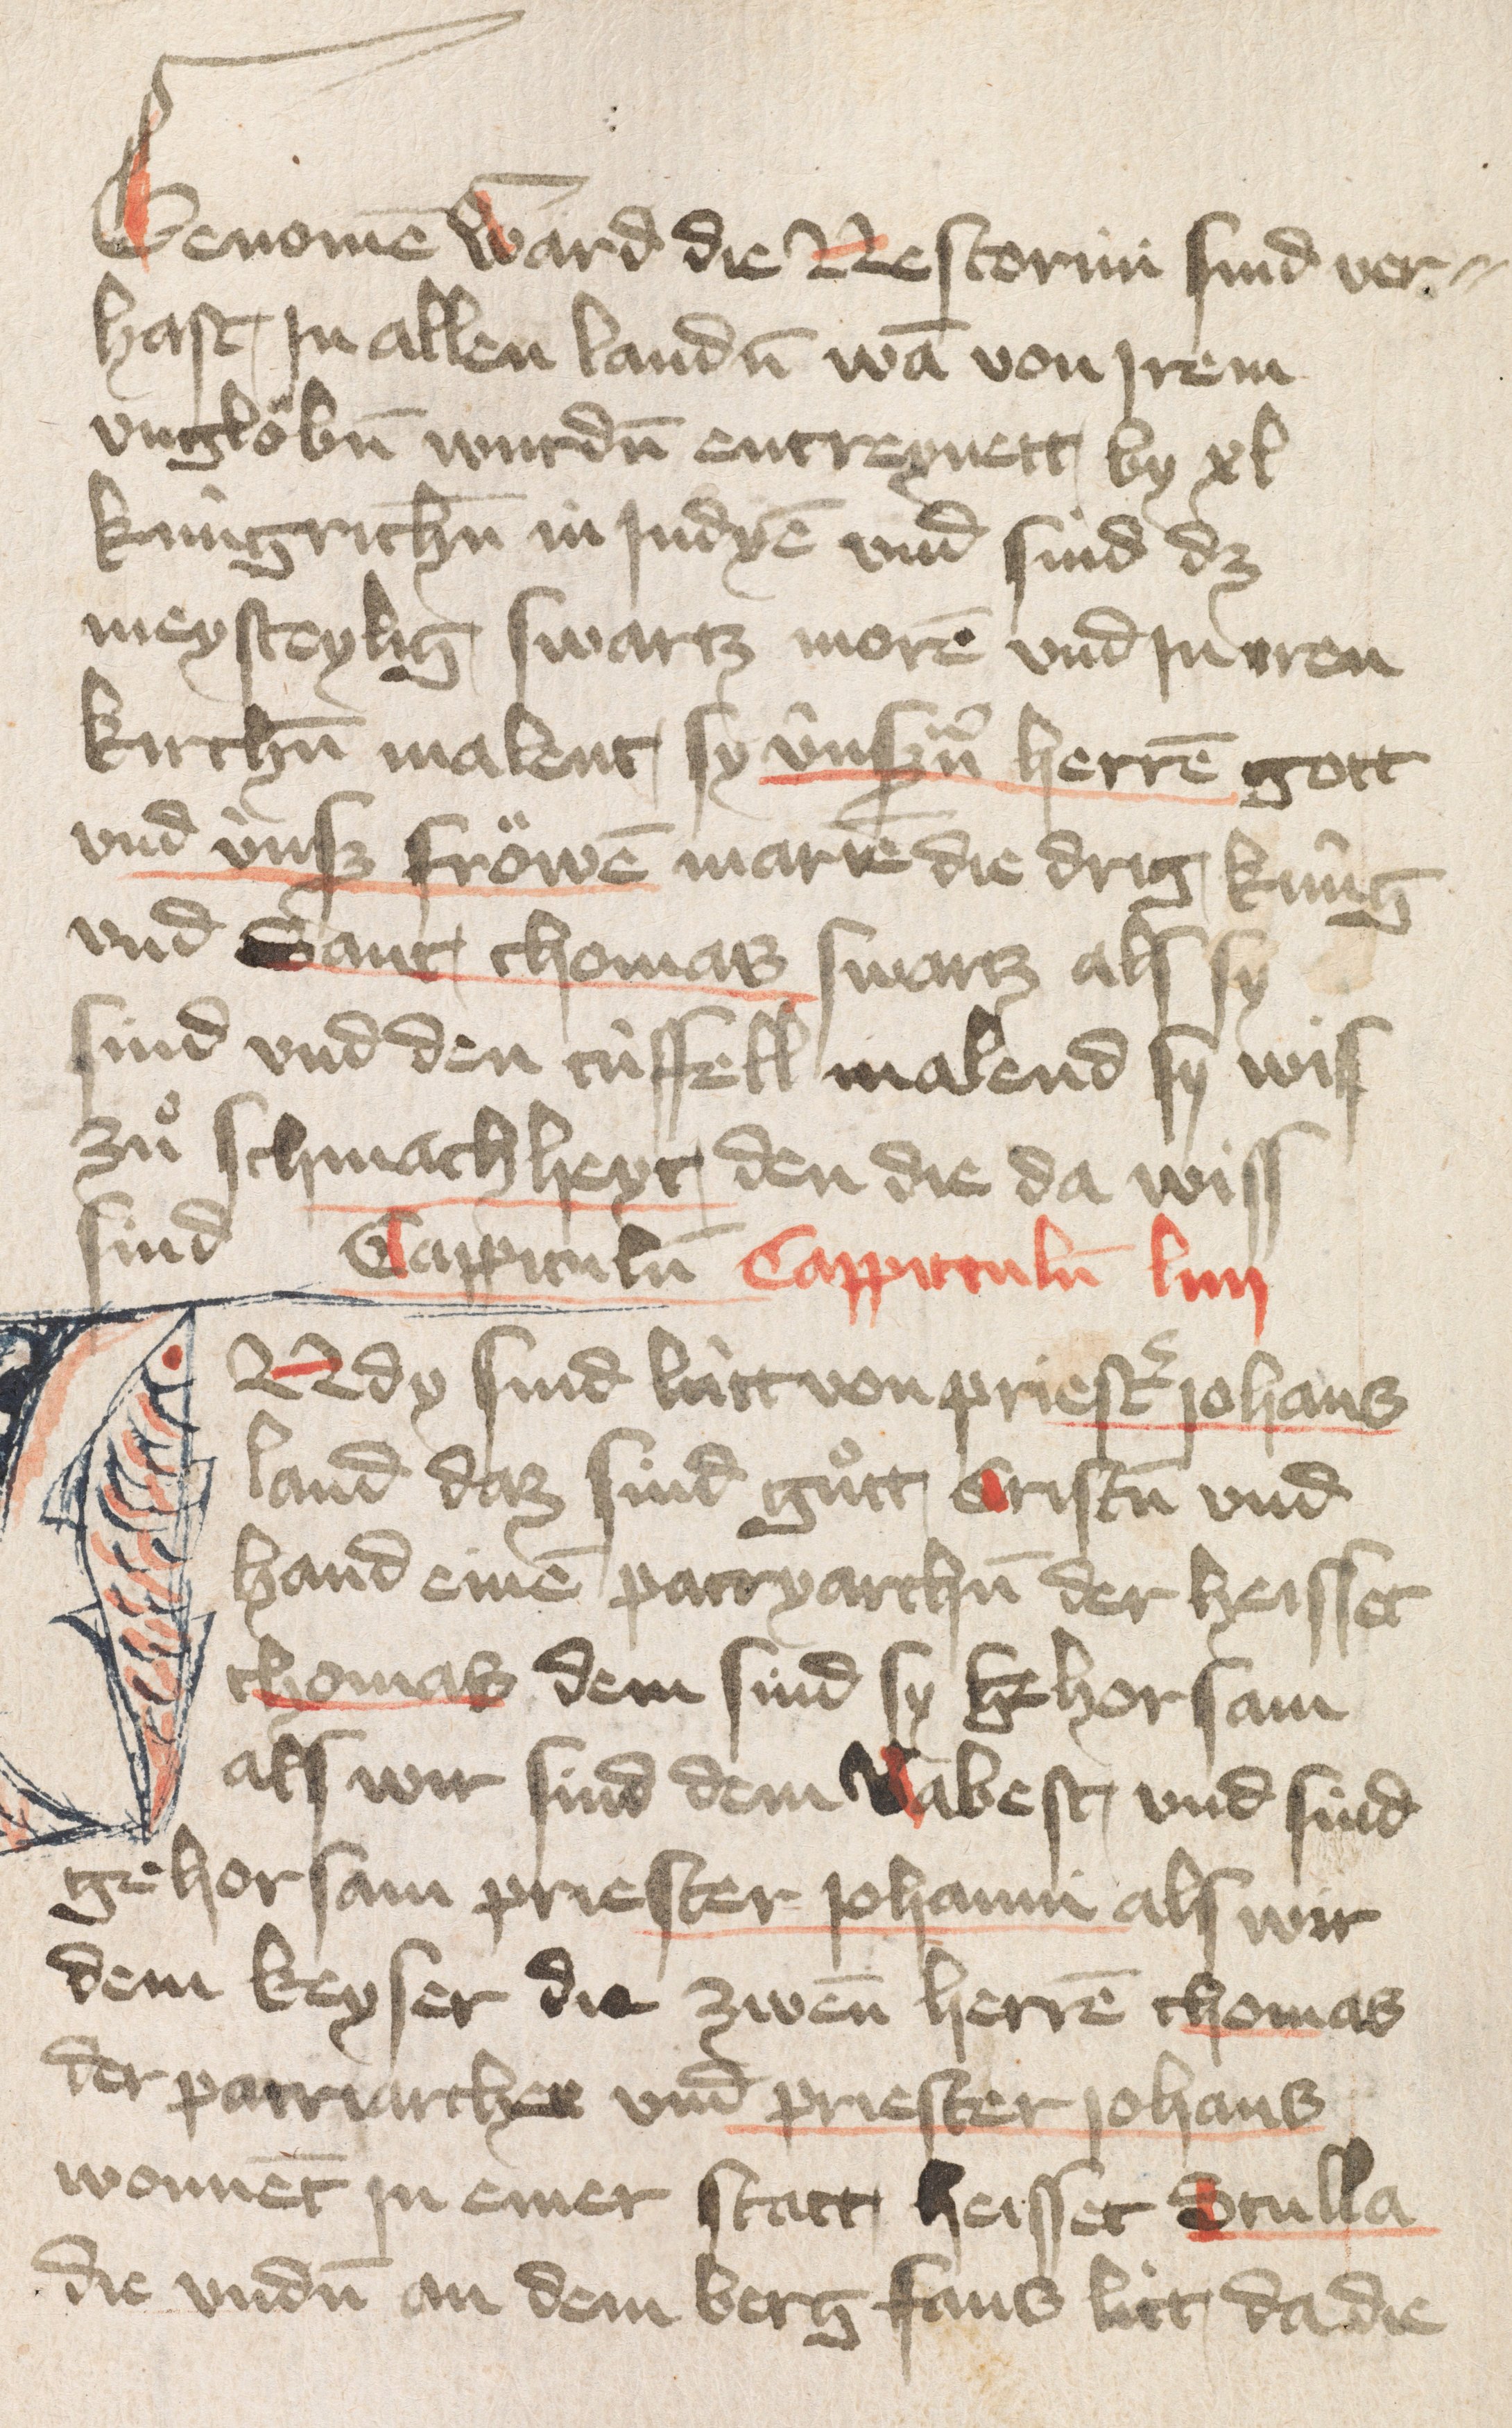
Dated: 1400–1424